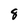
Character: 8